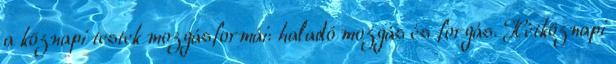
a köznapi testek mozgásformái: haladó mozgás és forgás. Hétköznapi